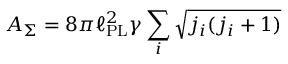
A _ { \Sigma } = 8 \pi \ell _ { \mathrm { P L } } ^ { 2 } \gamma \sum _ { i } { \sqrt { j _ { i } ( j _ { i } + 1 ) } }